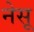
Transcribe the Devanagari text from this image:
नेसू